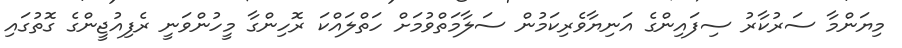
މިޔަންމާ ސަރުކާރު ސިފައިންގެ އަނިޔާވެރިކަމުން ސަލާމަތްވުމަށް ހަތްލައްކަ ރޮހިންގާ މީހުންވަނީ ރެފިއުޖީންގެ ގޮތުގައި